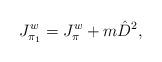
LaTeX: \begin{align*} J^w_{\pi_1}=J^w_{\pi}+m\hat D^2,\end{align*}